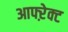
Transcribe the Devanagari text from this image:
आफ्ऱेक्ट